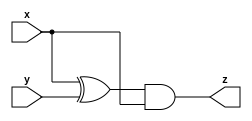
// Exercise 3-1-1-10: Simple Circuit A
module CktA (
    input x,
    input y,
    output z
);
    assign z = (x^y) & x;
endmodule